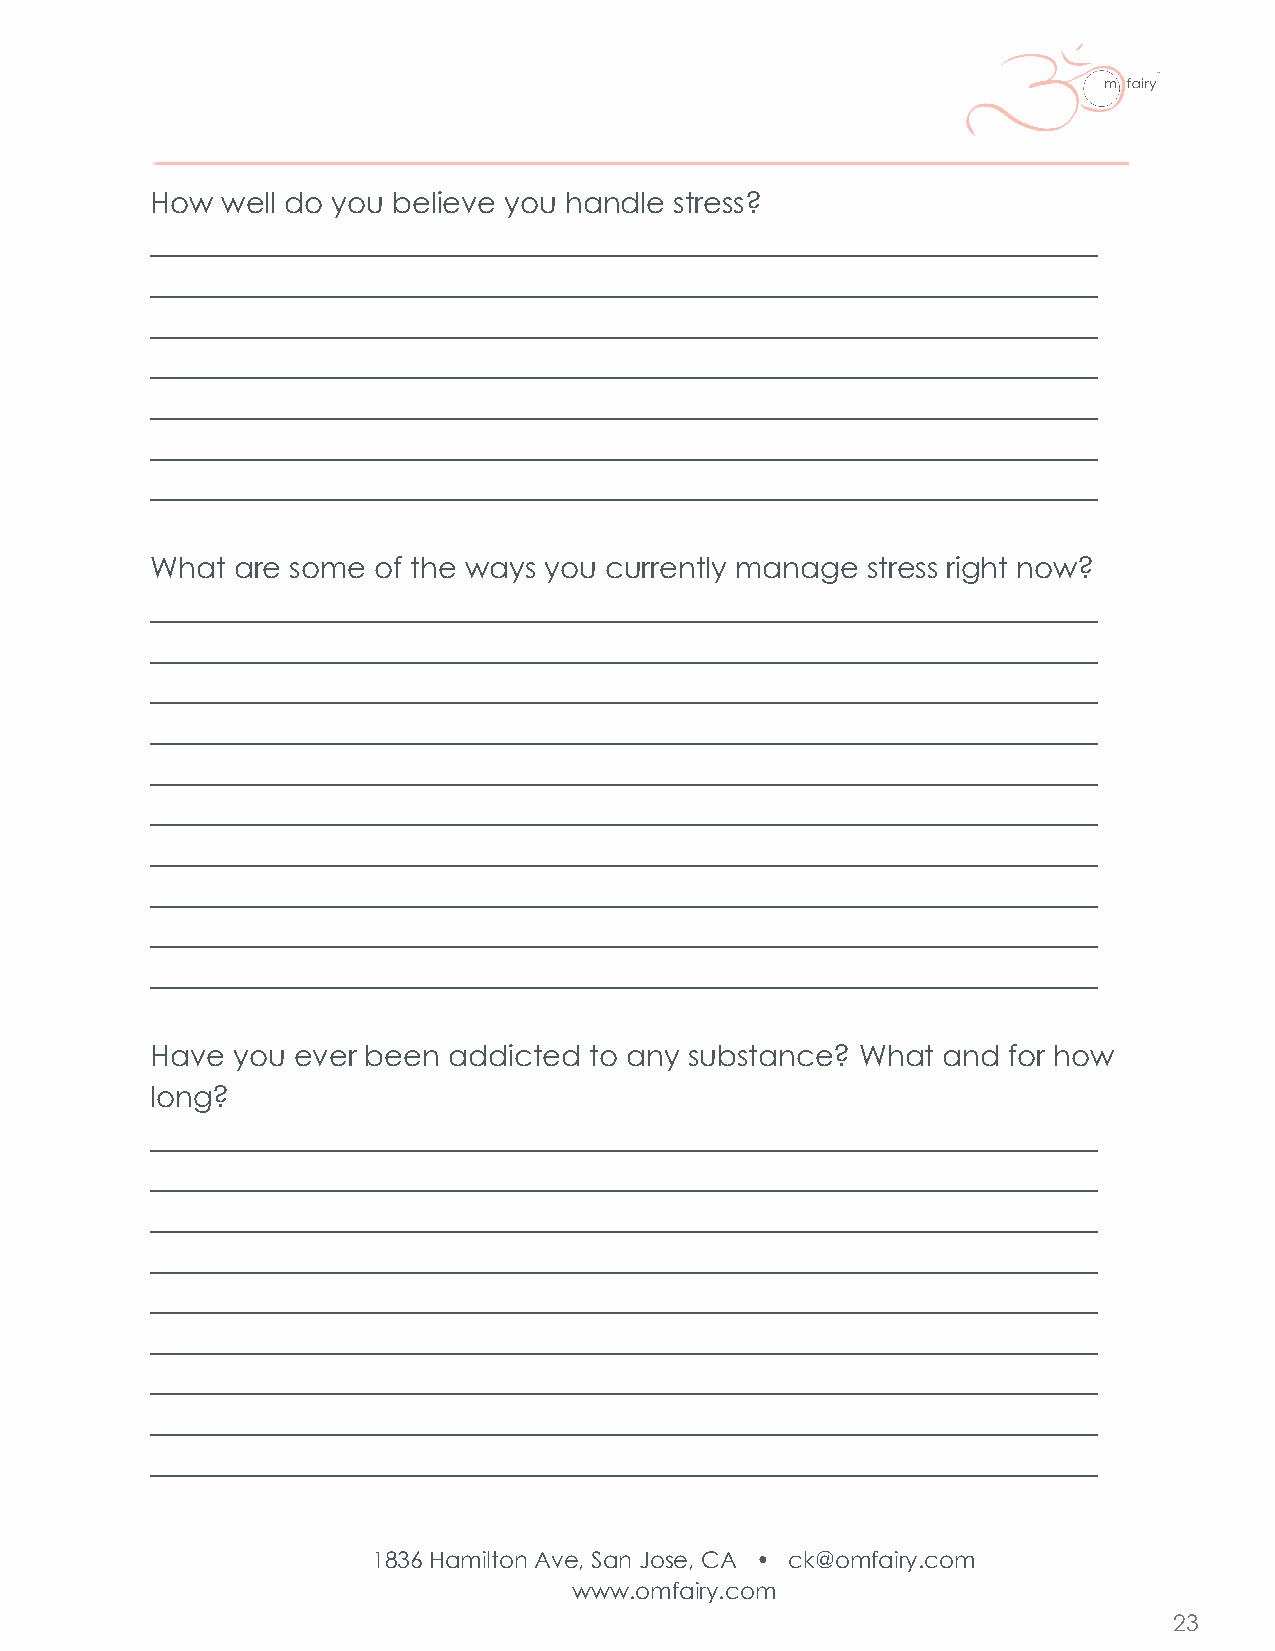
How  well do you believe you handle stress?
 _________________________________________________________________
 _________________________________________________________________
 _________________________________________________________________
 _________________________________________________________________
 _________________________________________________________________
 _________________________________________________________________
 _________________________________________________________________
 What are some  of the ways you currently manage stress right now?
 _________________________________________________________________
 _________________________________________________________________
 _________________________________________________________________
 _________________________________________________________________
 _________________________________________________________________
 _________________________________________________________________
 _________________________________________________________________
 _________________________________________________________________
 _________________________________________________________________
 _________________________________________________________________
 Have you ever been  addicted to any substance? What and  for how
 long?
 _________________________________________________________________
 _________________________________________________________________
 _________________________________________________________________
 _________________________________________________________________
 _________________________________________________________________
 _________________________________________________________________
 _________________________________________________________________
 _________________________________________________________________
 _________________________________________________________________
 1836 Hamilton Ave, San Jose, CA • ck@omfairy.com
 www.omfairy.com
 23